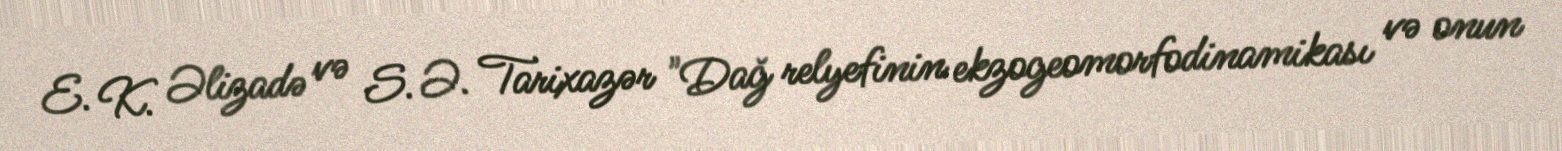
E. K. Əlizadə və S. Ə. Tarixazər "Dağ relyefinin ekzogeomorfodinamikası və onun